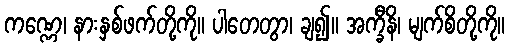
ကဏ္ဏေ၊ နားနှစ်ဖက်တို့ကို။ ပါတေတွာ၊ ချ၍။ အက္ခီနိ၊ မျက်စိတို့ကို။